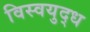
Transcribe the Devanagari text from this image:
विस्वयुद्ध